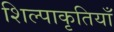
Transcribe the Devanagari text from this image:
शिल्पाकृतियाँ